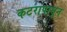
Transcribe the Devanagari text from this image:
कटरापासून